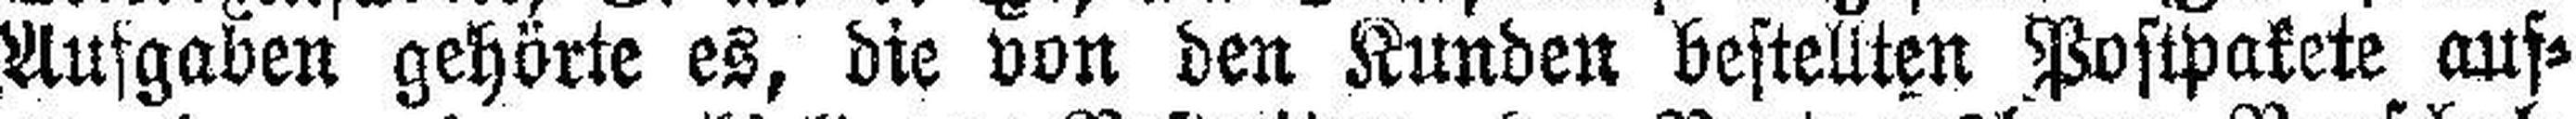
Aufgaben gehörte es, die von den Kunden bestellten Postpakete auf¬